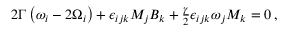
\begin{array} { r } { 2 \Gamma \left( \omega _ { i } - 2 \Omega _ { i } \right) + \epsilon _ { i j k } M _ { j } B _ { k } + \frac { \gamma } { 2 } \epsilon _ { i j k } \omega _ { j } M _ { k } = 0 \, , } \end{array}